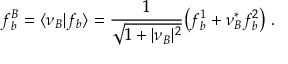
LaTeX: f _ { b } ^ { B } = \langle \nu _ { B } \vert f _ { b } \rangle = { \frac { 1 } { \sqrt { 1 + \vert \nu _ { B } \vert ^ { 2 } } } } \bigl ( f _ { b } ^ { 1 } + \nu _ { B } ^ { * } f _ { b } ^ { 2 } \bigr ) \; .